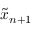
\tilde { x } _ { n + 1 }